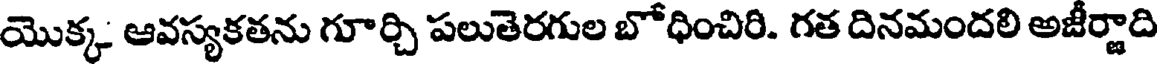
యొక్క ఆవస్యకతను గూర్చి పలుతెరగుల బోధించిరి. గత దినమందలి అజీర్జాది